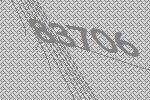
83706